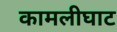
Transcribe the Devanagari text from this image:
कामलीघाट